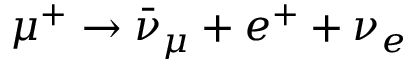
\mu ^ { + } \to \bar { \nu } _ { \mu } + e ^ { + } + \nu _ { e }